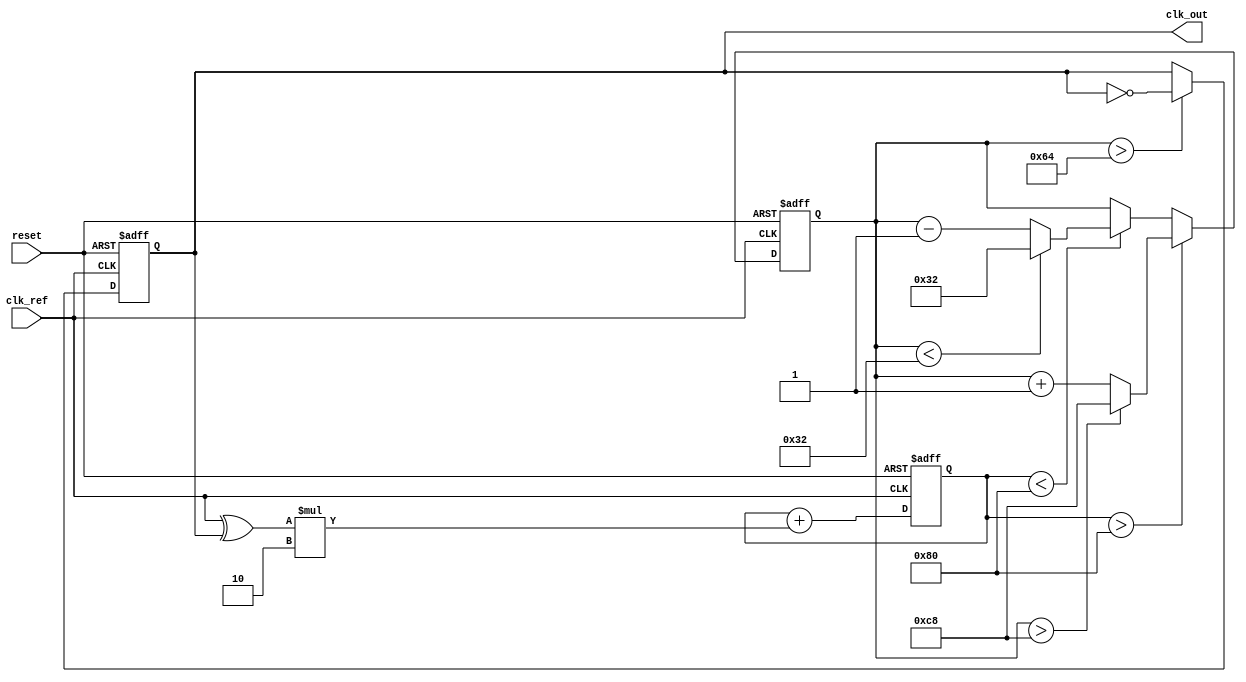
module ContinuousTimePLL (
    input wire clk_ref,       // Reference clock input
    input wire reset,         // Reset signal
    output wire clk_out       // Output clock
);

// Parameters for VCO and Loop Filter
parameter VCO_MAX_FREQ = 200; // Maximum frequency of VCO
parameter VCO_MIN_FREQ = 50;   // Minimum frequency of VCO
parameter LOOP_GAIN = 2;       // Loop gain

// Internal signals
wire phase_error;              // Phase error signal from the phase detector
reg [7:0] control_voltage;      // Control voltage for VCO
reg vco_output;                 // Output of the VCO
reg [7:0] vco_freq;             // Frequency of the VCO

// Phase Detector (PD)
assign phase_error = clk_ref ^ vco_output; // XOR phase detector for simplicity

// Loop Filter (LF) - Simple integrator for demonstration
always @(posedge clk_ref or posedge reset) begin
    if (reset) begin
        control_voltage <= 8'b0; // Reset control voltage
    end else begin
        control_voltage <= control_voltage + (phase_error * LOOP_GAIN);
    end
end

// Voltage-Controlled Oscillator (VCO)
always @(posedge clk_ref or posedge reset) begin
    if (reset) begin
        vco_freq <= VCO_MIN_FREQ; // Start at minimum frequency
    end else begin
        // Adjust VCO frequency based on control voltage
        if (control_voltage > 8'd128) begin
            vco_freq <= vco_freq + 1; // Increase frequency
            if (vco_freq > VCO_MAX_FREQ) begin
                vco_freq <= VCO_MAX_FREQ; // Cap at max frequency
            end
        end else if (control_voltage < 8'd128) begin
            vco_freq <= vco_freq - 1; // Decrease frequency
            if (vco_freq < VCO_MIN_FREQ) begin
                vco_freq <= VCO_MIN_FREQ; // Cap at min frequency
            end
        end
    end
end

// Generate the output clock based on VCO frequency
always @(posedge clk_ref or posedge reset) begin
    if (reset) begin
        vco_output <= 1'b0; // Reset output
    end else begin
        // Generate output clock based on VCO frequency
        if (vco_freq > 100) begin
            vco_output <= ~vco_output; // Toggle output for demonstration
        end
    end
end

assign clk_out = vco_output;

endmodule